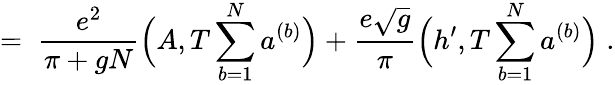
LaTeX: =\; \frac{e^{2}}{\pi+gN}\Big(A,T\sum_{b=1}^{N}a^{(b)}\Big)+\frac{e\sqrt{g}}{\pi}\Big(h^{\prime},T\sum_{b=1}^{N}a^{(b)}\Big)\; .